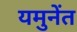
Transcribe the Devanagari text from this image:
यमुनेंत